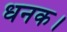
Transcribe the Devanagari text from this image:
धनक।